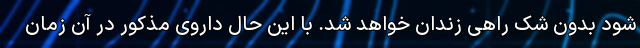
شود بدون شک راهی زندان خواهد شد. با این حال داروی مذکور در آن زمان